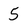
Character: 5